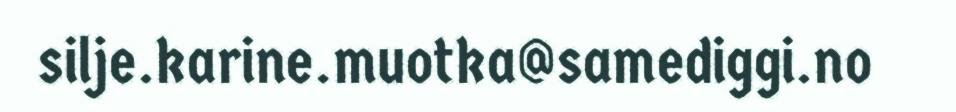
silje.karine.muotka@samediggi.no